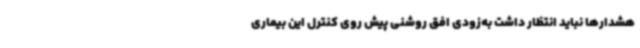
هشدارها نباید انتظار داشت به‌زودی افق روشنی پیش روی کنترل این بیماری